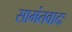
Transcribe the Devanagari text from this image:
सामंतवादः